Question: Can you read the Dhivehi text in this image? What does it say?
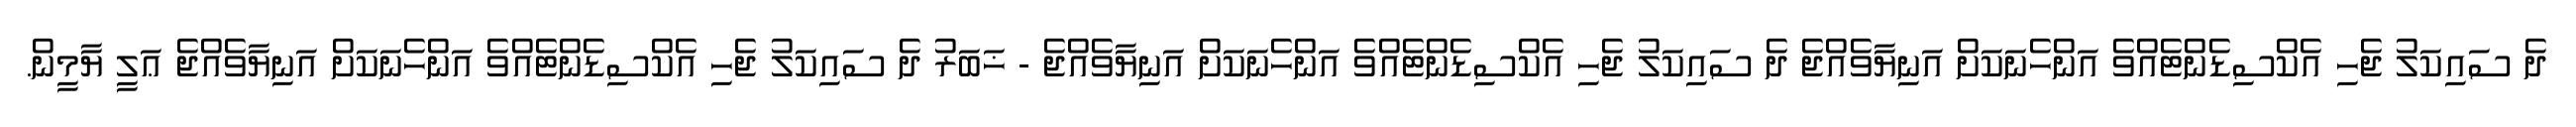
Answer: ދެ ސައިކަލު ޖެހި އެކްސިޑެންޓެއްވެ އަންހެނަކަށް އަނިޔާވެއްޖެ ދެ ސައިކަލު ޖެހި އެކްސިޑެންޓެއްވެ އަންހެނަކަށް އަނިޔާވެއްޖެ - ޚަބަރު ދެ ސައިކަލު ޖެހި އެކްސިޑެންޓެއްވެ އަންހެނަކަށް އަނިޔާވެއްޖެ ޢަލީ ޔާމީން.